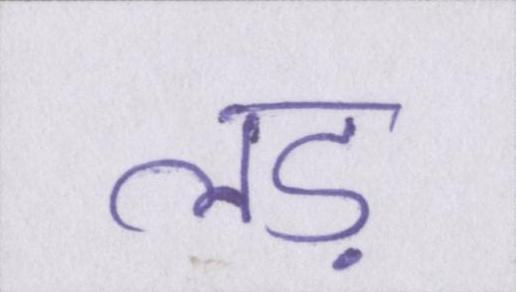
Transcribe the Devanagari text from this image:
लड़